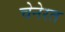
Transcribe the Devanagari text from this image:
चेनेरत